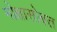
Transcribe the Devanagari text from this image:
मोक्षासोबत